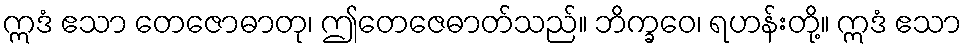
ဣဒံ ဧသာ တေဇောဓာတု၊ ဤတေဇေဓာတ်သည်။ ဘိက္ခဝေ၊ ရဟန်းတို့။ ဣဒံ ဧသာ